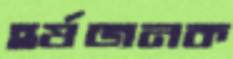
হর্ষজনক